Scientific memoirs by medical officers of the Army of India - Part III,
Year: 1887
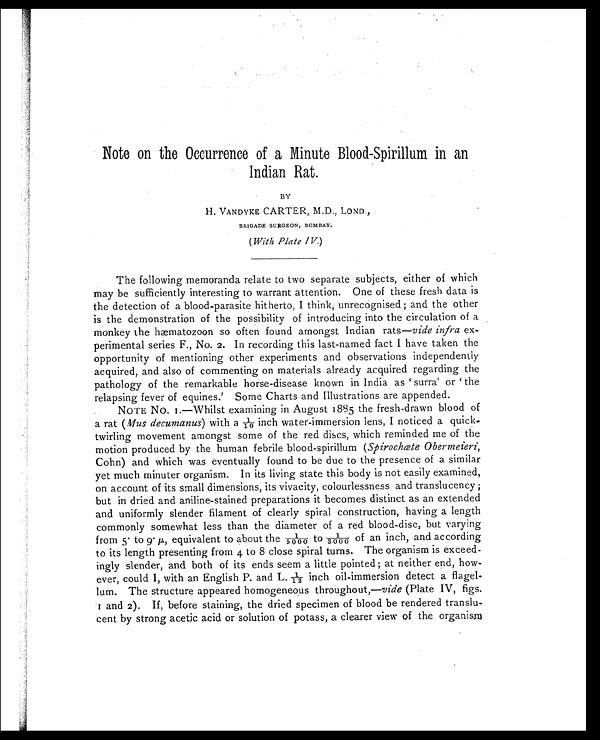
Note on the Occurrence of a Minute Blood-Spirillum in an
Indian Rat.
BY
H. VANDYKE CARTER, M.D., LOND.,
BRIGADE SURGEON, BOMBAY.
( With Plate IV. )
The following memoranda relate to two separate subjects, either of which
may be sufficiently interesting to warrant attention. One of these fresh data is
the detection of a blood-parasite hitherto, I think, unrecognised; and the other
is the demonstration of the possibility of introducing into the circulation of a
monkey the hæmatozoon so often found amongst Indian rats—vide infra ex
-perimental series F., No. 2. In recording this last-named fact I have taken the
opportunity of mentioning other experiments and observations independently
acquired, and also of commenting on materials already acquired regarding the
pathology of the remarkable horse-disease known in India as 'surra' or 'the
relapsing fever of equines.' Some Charts and Illustrations are appended.
NOTE NO. I.—Whilst examining in August 1885 the fresh-drawn blood of
a rat (Mus decumanus) with a 1/10 inch water-immersion lens, I noticed a quick
-twirling movement amongst some of the red discs, which reminded me of the
motion produced by the human febrile blood-spirillum ( Spirochœte Obermeieri,
Cohn) and which was eventually found to be due to the presence of a similar
yet much minuter organism. In its living state this body is not easily examined,
on account of its small dimensions, its vivacity, colourlessness and translucency;
but in dried and aniline-stained preparations it becomes distinct as an extended
and uniformly slender filament of clearly spiral construction, having a length
commonly somewhat less than the diameter of a red blood-disc, but varying
from 5· to 9· μ , equivalent to about the 1/5000 to 1/3000 of an inch, and according
to its length presenting from 4 to 8 close spiral turns. The organism is exceed
-ingly slender, and both of its ends seem a little pointed; at neither end, how
-ever, could I, with an English P. and L. 1/12 inch oil-immersion detect a flagel
-lum. The structure appeared homogeneous throughout,— vide (Plate IV, figs.
I and 2). If, before staining, the dried specimen of blood be rendered translu-
cent by strong acetic acid or solution of potass, a clearer view of the organism